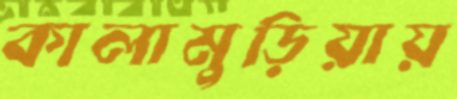
কালামুড়িয়ায়